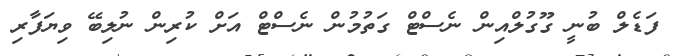
ފަޑެލް ބުނީ ގޫގުލްއިން ނެސްޓް ގަތުމުން ނެސްޓް އަށް ކުރިން ނުލިބޭ ވިޔަފާރި